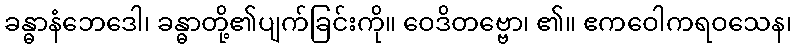
ခန္ဓာနံဘေဒေါ၊ ခန္ဓာတို့၏ပျက်ခြင်းကို။ ဝေဒိတဗ္ဗော၊ ၏။ ဧကဝေါကရဝသေန၊